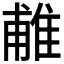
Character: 𨿌